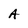
Character: A